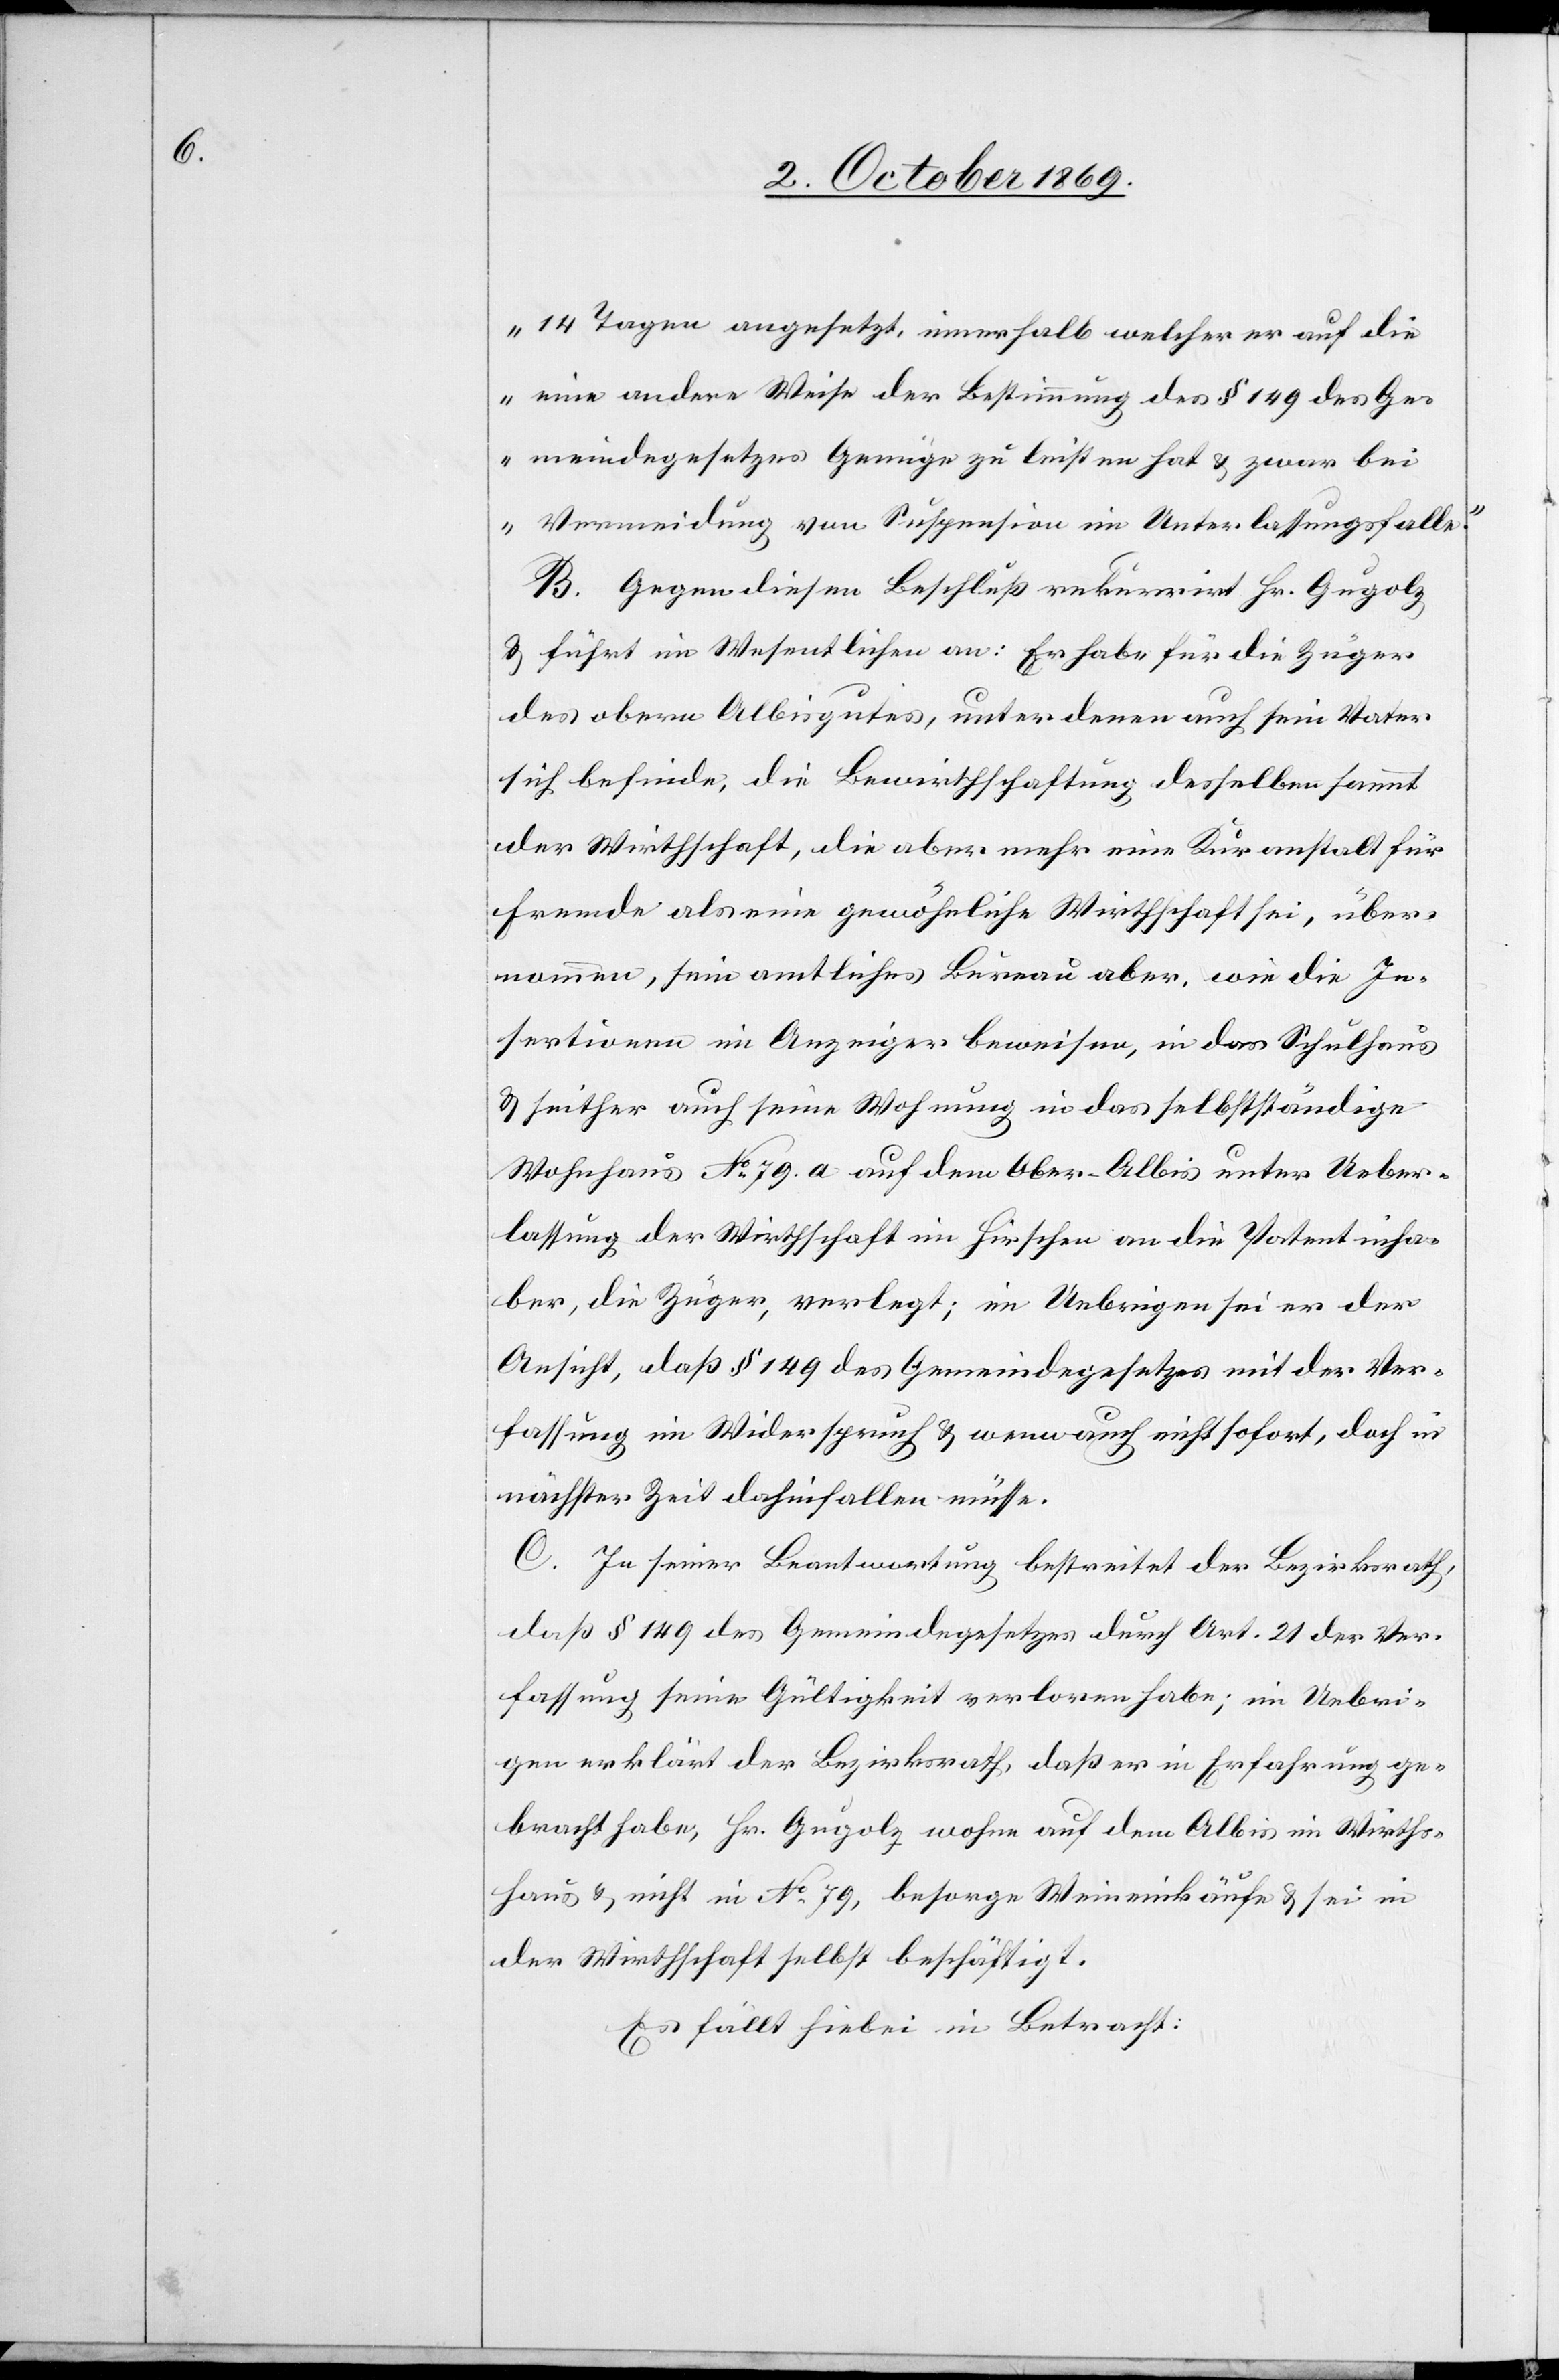
14 Tagen angesetzt, innerhalb welcher er auf die
[oder] andere Weise der Bestimmung des § 149 des Ge¬
meindegesetzes Genüge zu leisten hat & zwar bei
Vermeidung von Suspension im Unterlassungsfalle.“
B. Gegen diesen Beschluß rekurrirt Hr. Gugolz
& führt im Wesentlichen an: Er habe für die Züger
des obern Albisgutes, unter denen auch sein Vater
sich befinde, die Bewirthschaftung desselben sammt
der Wirthschaft, die aber mehr eine Kuranstalt für
Fremde als eine gewöhnliche Wirthschaft sei, über¬
nommen, sein amtliches Bureau aber, wie die In¬
sertionen im Anzeiger beweisen, in das Schulhaus
& seither auch seine Wohnung in das selbstständige
Wohnhaus No 79. a auf dem Ober-Albis unter Ueber¬
lassung der Wirthschaft im Hirschen an die Patentinha¬
ber, die Züger, verlegt; im Uebrigen sei er der
Ansicht, daß § 149 des Gemeindegesetzes mit der Ver¬
fassung im Widerspruch & wenn auch nicht sofort, doch in
nächster Zeit dahinfallen müsse.
C. In seiner Beantwortung bestreitet der Bezirksrath,
daß § 149 des Gemeindegesetzes durch Art. 21 der Ver¬
fassung seine Gültigkeit verloren habe; im Uebri¬
gen erklärt der Bezirksrath, daß er in Erfahrung ge¬
bracht habe, Hr. Gugolz wohne auf dem Albis im Wirths¬
haus & nicht in No 79, besorge Weineinkäufe & sei in
der Wirthschaft selbst beschäftigt.
Es fällt hiebei in Betracht: